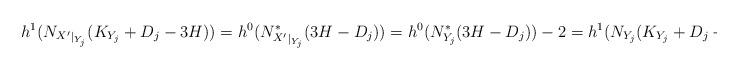
LaTeX: \begin{align*}h^1({N_{X'}}_{|_{Y_j}}(K_{Y_j}+D_j-3H))=h^0({N^*_{X'}}_{|_{Y_j}}(3H-D_j))=h^0(N^*_{Y_j}(3H-D_j))-2=h^1(N_{Y_j}(K_{Y_j}+D_j-3H))-2=0.\end{align*}